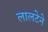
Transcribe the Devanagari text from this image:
लालटेने